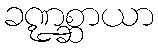
ခဏ္ဍစ္ဆာယာ